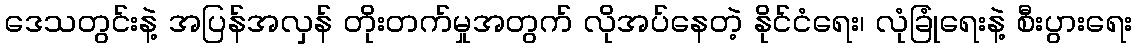
ဒေသတွင်းနဲ့ အပြန်အလှန် တိုးတက်မှုအတွက် လိုအပ်နေတဲ့ နိုင်ငံရေး၊ လုံခြုံရေးနဲ့ စီးပွားရေး